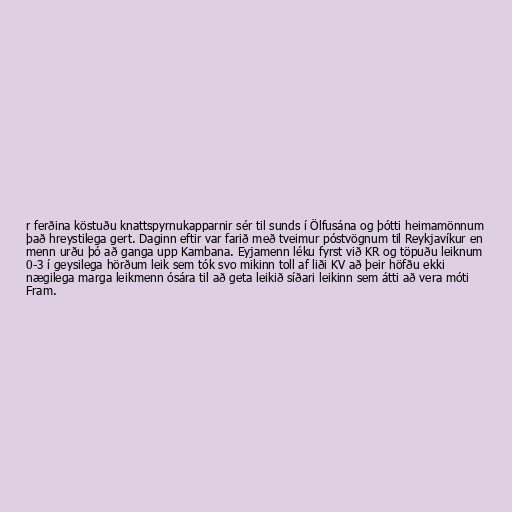
r ferðina köstuðu knattspyrnukapparnir sér til sunds í Ölfusána og þótti heimamönnum
það hreystilega gert. Daginn eftir var farið með tveimur póstvögnum til Reykjavíkur en
menn urðu þó að ganga upp Kambana. Eyjamenn léku fyrst við KR og töpuðu leiknum
0-3 í geysilega hörðum leik sem tók svo mikinn toll af liði KV að þeir höfðu ekki
nægilega marga leikmenn ósára til að geta leikið síðari leikinn sem átti að vera móti
Fram.